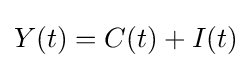
Y(t)=C(t)+I(t)